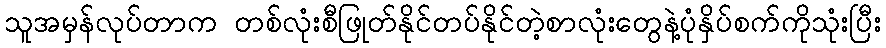
သူအမှန်လုပ်တာက တစ်လုံးစီဖြုတ်နိုင်တပ်နိုင်တဲ့စာလုံးတွေနဲ့ပုံနှိပ်စက်ကိုသုံးပြီး